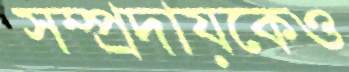
সম্প্রদায়কেও